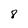
Character: 8